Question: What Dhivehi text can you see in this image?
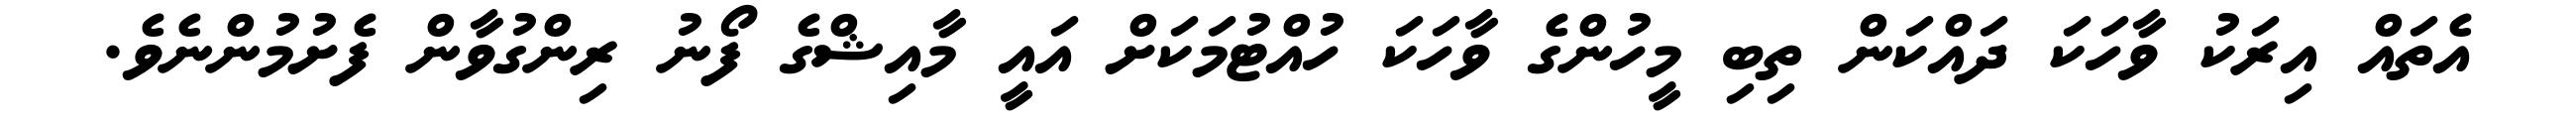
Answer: އެތައް އިރަކު ވާހަކަ ދައްކަން ތިބި މީހުންގެ ވާހަކަ ހުއްޓުމަކަށް އައީ މާއިޝްގެ ފޯނު ރިންގުވާން ފެށުމުންނެވެ.